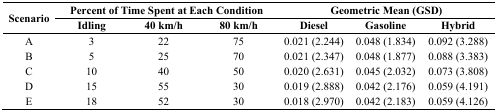
<table><thead><tr><td rowspan="2"><b>Scenario</b></td><td colspan="3"><b>Percent of Time Spent at Each Condition</b></td><td colspan="3"><b>Geometric Mean (GSD)</b></td></tr><tr><td><b>Idling</b></td><td><b>40 km/h</b></td><td><b>80 km/h</b></td><td><b>Diesel</b></td><td><b>Gasoline</b></td><td><b>Hybrid</b></td></tr></thead><tbody><tr><td>A</td><td>3</td><td>22</td><td>75</td><td>0.021 (2.244)</td><td>0.048 (1.834)</td><td>0.092 (3.288)</td></tr><tr><td>B</td><td>5</td><td>25</td><td>70</td><td>0.021 (2.347)</td><td>0.048 (1.877)</td><td>0.088 (3.383)</td></tr><tr><td>C</td><td>10</td><td>40</td><td>50</td><td>0.020 (2.631)</td><td>0.045 (2.032)</td><td>0.073 (3.808)</td></tr><tr><td>D</td><td>15</td><td>55</td><td>30</td><td>0.019 (2.888)</td><td>0.042 (2.176)</td><td>0.059 (4.191)</td></tr><tr><td>E</td><td>18</td><td>52</td><td>30</td><td>0.018 (2.970)</td><td>0.042 (2.183)</td><td>0.059 (4.126)</td></tr></tbody></table>